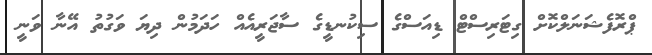
ޕްރޮފެޝަނަލްކޮށް ގިޓަރިސްޓް ޑިއަސްގެ ސިކުނޑީގެ ސާޖަރީއެއް ހަދަމުން ދިޔަ ވަގުތު އޭނާ ވަނީ